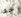
حقا